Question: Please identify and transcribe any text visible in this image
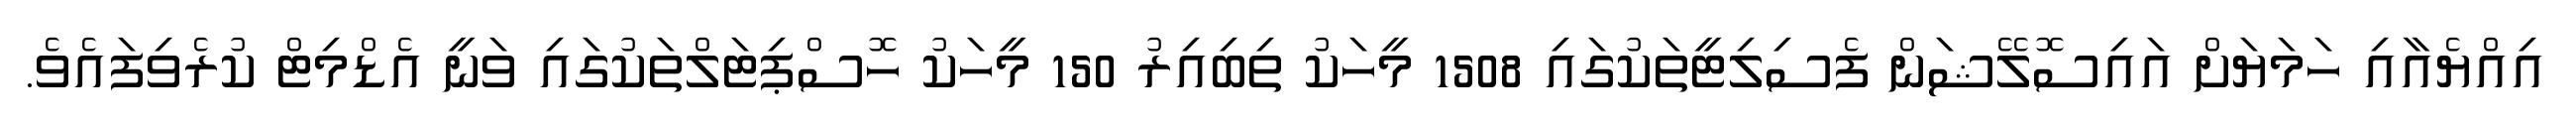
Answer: އިއްޔެއާއި ހަމަޔަށް އައިސޮލޭޝަން ފެސިލިޓީތަކުގައި 1508 މީހަކު ތިބިއިރު 150 މީހަކު ހޮސްޕިޓަލްތަކުގައި ވަނީ އެޑްމިޓް ކުރެވިފައެވެ.